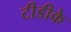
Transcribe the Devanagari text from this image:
टीडीके